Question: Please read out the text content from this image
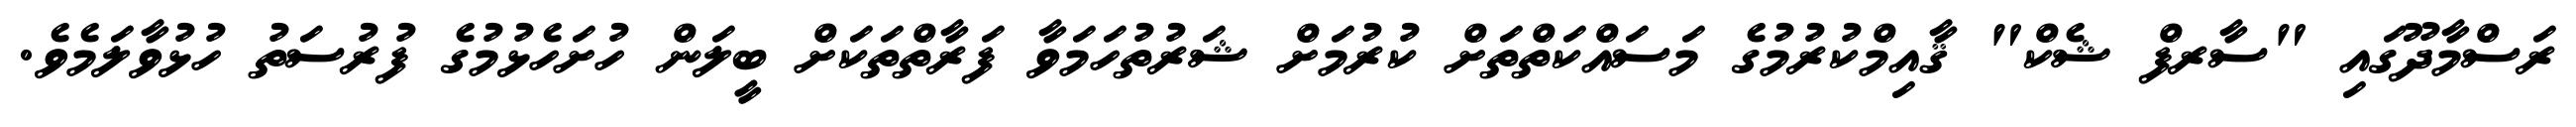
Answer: ރަސްމާދޫގައި "ސާރފް ޝެކް" ޤާއިމްކުރުމުގެ މަސައްކަތްތަށް ކުރުމަށް ޝަރުތުހަމަވާ ފަރާތްތަކަށް ބީލަން ހުށަހެޅުމުގެ ފުރުސަތު ހުޅުވާލަމެވެ.